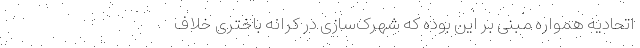
اتحادیه همواره مبنی بر این بوده که شهرک‌سازی در کرانه باختری خلاف